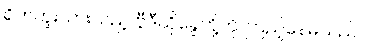
ရိုက်ကူးထားသည့် ဗွီဒီယိုခွေတို့ကို ကြည့်နေမိသည်။